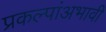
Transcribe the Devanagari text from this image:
प्रकल्पांअभावी